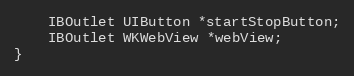
Language: C
	IBOutlet UIButton *startStopButton;
	IBOutlet WKWebView *webView;
}